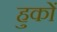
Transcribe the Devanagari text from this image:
हुकों